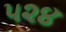
૫૨૪